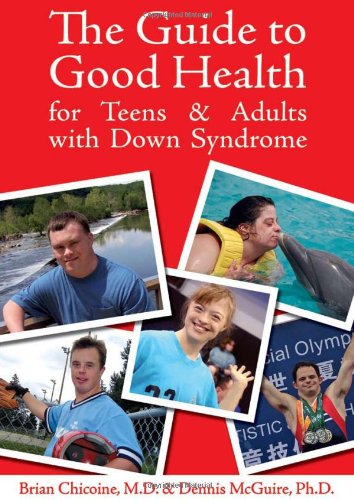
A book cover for The Guide to Good Health for Teens & Adults With Down Syndrome; Brian Chicoine; Health, Fitness & Dieting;